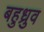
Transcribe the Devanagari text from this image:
बहुध्रुव